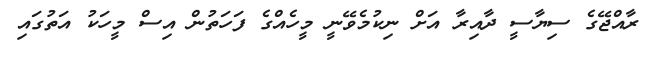
ރާއްޖޭގެ ސިޔާސީ ދާއިރާ އަށް ނިކުމެވޭނީ މީހެއްގެ ފަހަތުން އިސް މީހަކު އަތުގައި